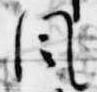
風